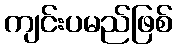
ကျင်းပမည်ဖြစ်